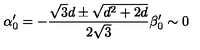
\alpha _ { 0 } ^ { \prime } = - { \frac { \sqrt { 3 } d \pm \sqrt { d ^ { 2 } + 2 d } } { 2 \sqrt { 3 } } } \beta _ { 0 } ^ { \prime } \sim 0